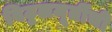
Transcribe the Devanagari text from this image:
विठ्ठलमूर्तीची